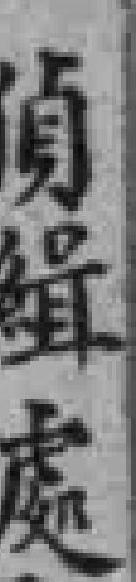
偵緝處